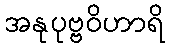
အနုပုဗ္ဗဝိဟာရိ